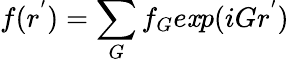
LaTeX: f(r^{'})=\sum_{G}f_{G}e\mathit{x}p(iGr^{'})